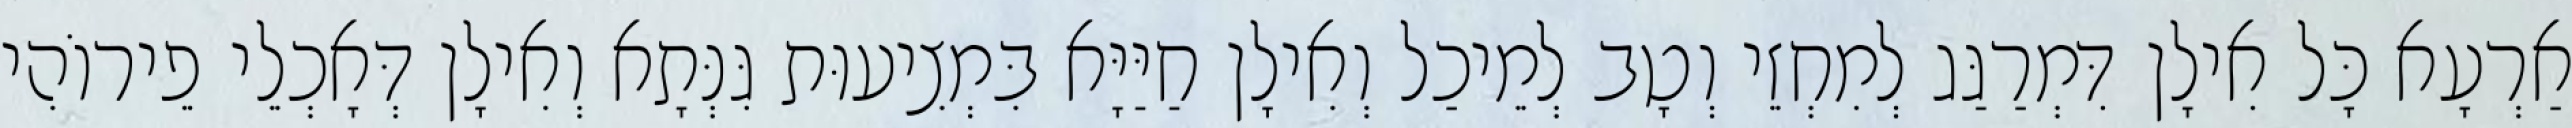
אַרְעָא כָּל אִילָן דִּמְרַגַּג לְמִחְזֵי וְטָב לְמֵיכַל וְאִילָן חַיַּיָּא בִּמְצִיעוּת גִּנְּתָא וְאִילָן דְּאָכְלֵי פֵירוֹהִי